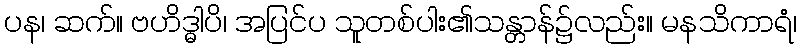
ပန၊ ဆက်။ ဗဟိဒ္ဓါပိ၊ အပြင်ပ သူတစ်ပါး၏သန္တာန်၌လည်း။ မနသိကာရံ၊